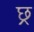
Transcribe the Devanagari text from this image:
छ्र